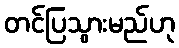
တင်ပြသွားမည်ဟု